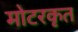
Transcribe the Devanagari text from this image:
मोटरकृत